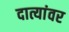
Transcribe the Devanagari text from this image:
दात्यांवर